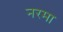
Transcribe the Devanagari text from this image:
नरमा